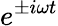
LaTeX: e^{\pm i\omega t}